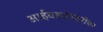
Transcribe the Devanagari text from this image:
आईवडलांबरोबर